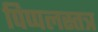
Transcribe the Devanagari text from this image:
पिप्पलस्तत्र